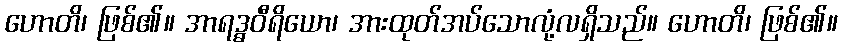
ဟောတိ၊ ဖြစ်၏။ အာရဒ္ဓဝီရိယော၊ အားထုတ်အပ်သောလုံ့လရှိသည်။ ဟောတိ၊ ဖြစ်၏။